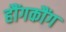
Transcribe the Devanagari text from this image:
हौंगकौंग